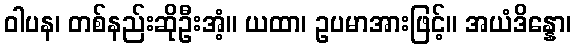
ဝါပန၊ တစ်နည်းဆိုဦးအံ့။ ယထာ၊ ဥပမာအားဖြင့်။ အယံဒိန္နော၊